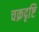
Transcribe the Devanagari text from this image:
चक्रदृष्टि